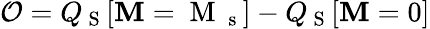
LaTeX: \mathcal{O}=Q_{\mathrm{~S~}}[\mathbf{M}=\mathrm{~M~}_{\mathrm{~s~}}]-Q_{\mathrm{~S~}}[\mathbf{M}=0]